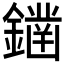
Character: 𨬭